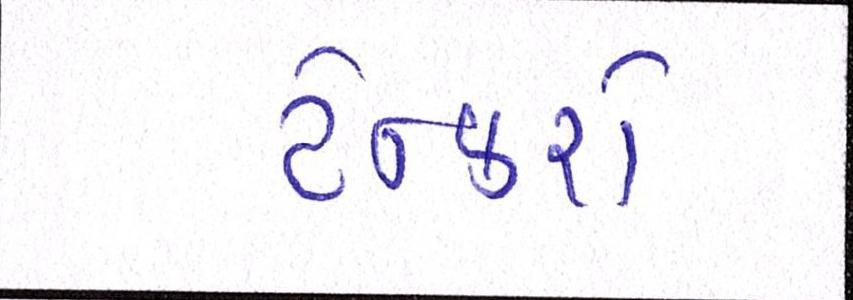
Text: ટેન્કરો